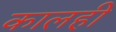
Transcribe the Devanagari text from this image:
कालही